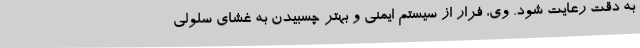
به دقت رعایت شود. وی، فرار از سیستم ایمنی و بهتر چسبیدن به غشای سلولی